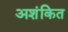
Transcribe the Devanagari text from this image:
अशंकित